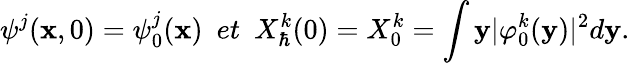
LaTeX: \psi^{j}(\textbf{x},0)=\psi_{0}^{j}(\textbf{x})~~et~~X_{\hbar}^{k}(0)=X_{0}^{k}=\int\textbf{y}\vert\varphi_{0}^{k}(\textbf{y})\vert^{2}d\textbf{y}.